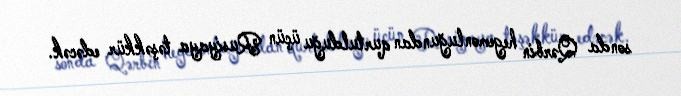
sonda Qərbin hegemonluğundan qurtulduğu üçün Rusiyaya təşəkkür edəcək.